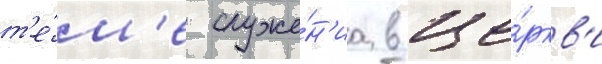
т'е́м'е служе́н'иа в це́ркв'и